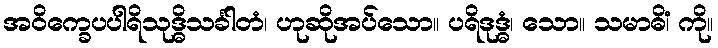
အဝိက္ခေပပါရိသုဒ္ဓိသင်္ခါတံ၊ ဟုဆိုအပ်သော။ ပရိဒုဒ္ဓံ၊ သော။ သမာဓိံ၊ ကို။